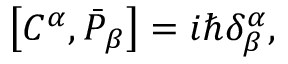
\left[ C ^ { \alpha } , \bar { { \cal P } } _ { \beta } \right] = i \hbar \delta _ { \beta } ^ { \alpha } ,